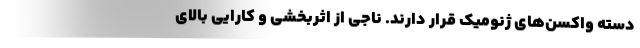
دسته واکسن‌های ژنومیک قرار دارند. ناجی از اثربخشی و کارایی بالای